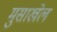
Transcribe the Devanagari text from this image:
मुसाखेल